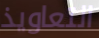
التعاويذ